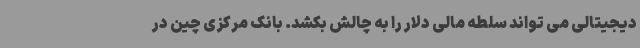
دیجیتالی می تواند سلطه مالی دلار را به چالش بکشد. بانک مرکزی چین در